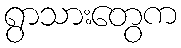
ရွာသားတွေက